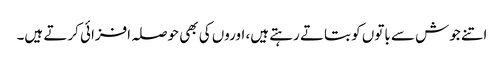
اتنے جوش سے باتوں کو بتاتے رہتے ہیں، اوروں کی بھی حوصلہ افزائی کرتے ہیں۔